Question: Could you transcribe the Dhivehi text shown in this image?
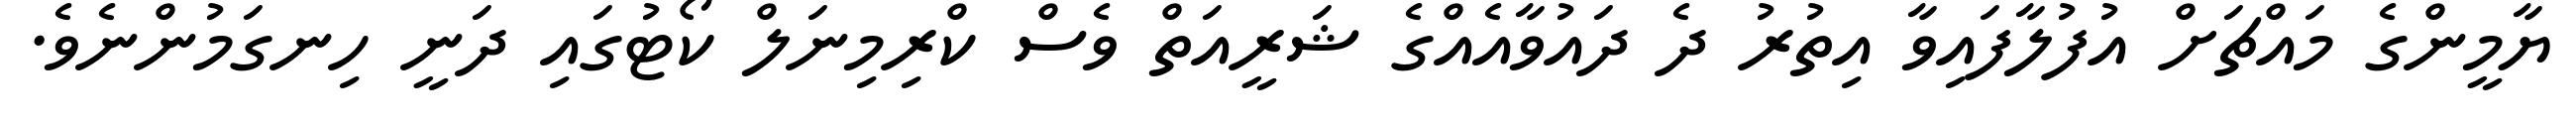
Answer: ޔާމީންގެ މައްޗަށް އުފުލާފައިވާ އިތުރު ދެ ދައުވާއެއްގެ ޝަރީއަތް ވެސް ކްރިމިނަލް ކޯޓުގައި ދަނީ ހިނގަމުންނެވެ.